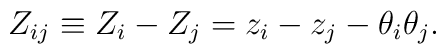
Z_{ij}\equiv Z_{i}-Z_{j}=z_{i}-z_{j}-\theta_{i}\theta_{j}.